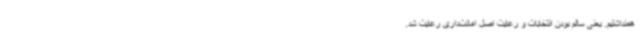
همنداشتیم. یعنی سالم بودن انتخابات و رعایت اصل امانت‌داری رعایت شد.